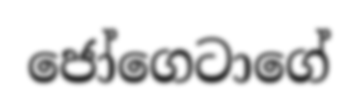
ජෝගෙටාගේ